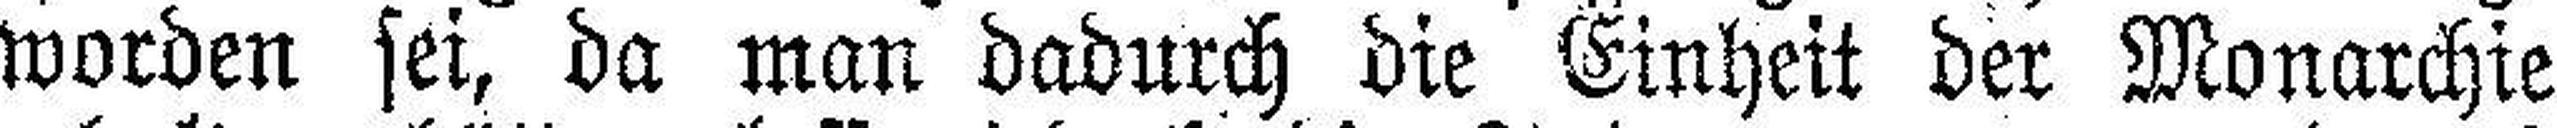
worden sei, da man dadurch die Einheit der Monarchie